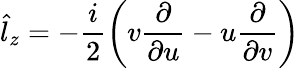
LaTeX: {\hat{l}_{z}}=-\frac{i}{2}\left(v\frac{\partial}{\partial u}-u\frac{\partial}{\partial v}\right)